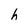
Character: h